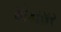
મોકાસર